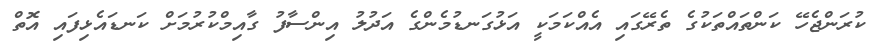
ކުރަންޖެހޭ ކަންތައްތަކުގެ ތެރޭގައި އެއްކަމަކީ އަޅުގަނޑުމެންގެ އަދުލު އިންސާފު ގާއިމްކުރުމަށް ކަނޑައެޅިފައި އޮތް